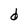
Character: d